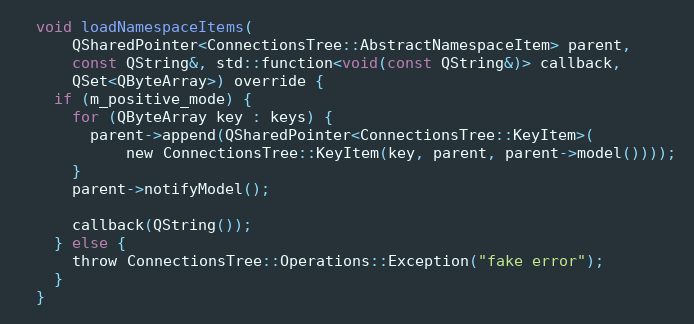
Language: C
  void loadNamespaceItems(
      QSharedPointer<ConnectionsTree::AbstractNamespaceItem> parent,
      const QString&, std::function<void(const QString&)> callback,
      QSet<QByteArray>) override {
    if (m_positive_mode) {
      for (QByteArray key : keys) {
        parent->append(QSharedPointer<ConnectionsTree::KeyItem>(
            new ConnectionsTree::KeyItem(key, parent, parent->model())));
      }
      parent->notifyModel();

      callback(QString());
    } else {
      throw ConnectionsTree::Operations::Exception("fake error");
    }
  }